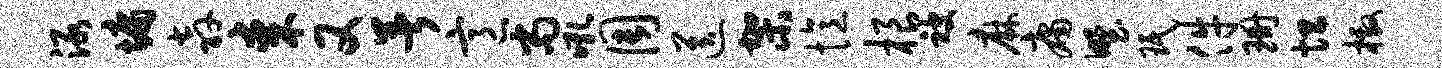
渌墉奔某又暑意尚吼周送架忆根被麻庸野珉件珊坦檄